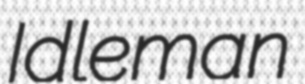
Idleman